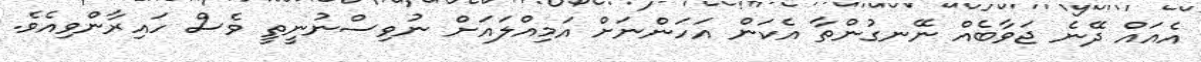
އެއައް ދޭނެ ޖަވާބެއް ނޭނގުންތާ އެކަން އަހަންނަށް އަމިއްލައަށް ނުވިސްނުނީތީ ވެސް ހައިރާންވިއެވެ.